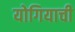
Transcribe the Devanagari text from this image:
योगियाची